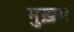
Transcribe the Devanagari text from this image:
मुख़य